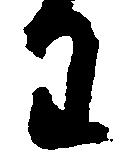
わ